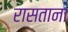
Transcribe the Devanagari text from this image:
रासताना